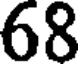
68